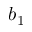
b _ { 1 }